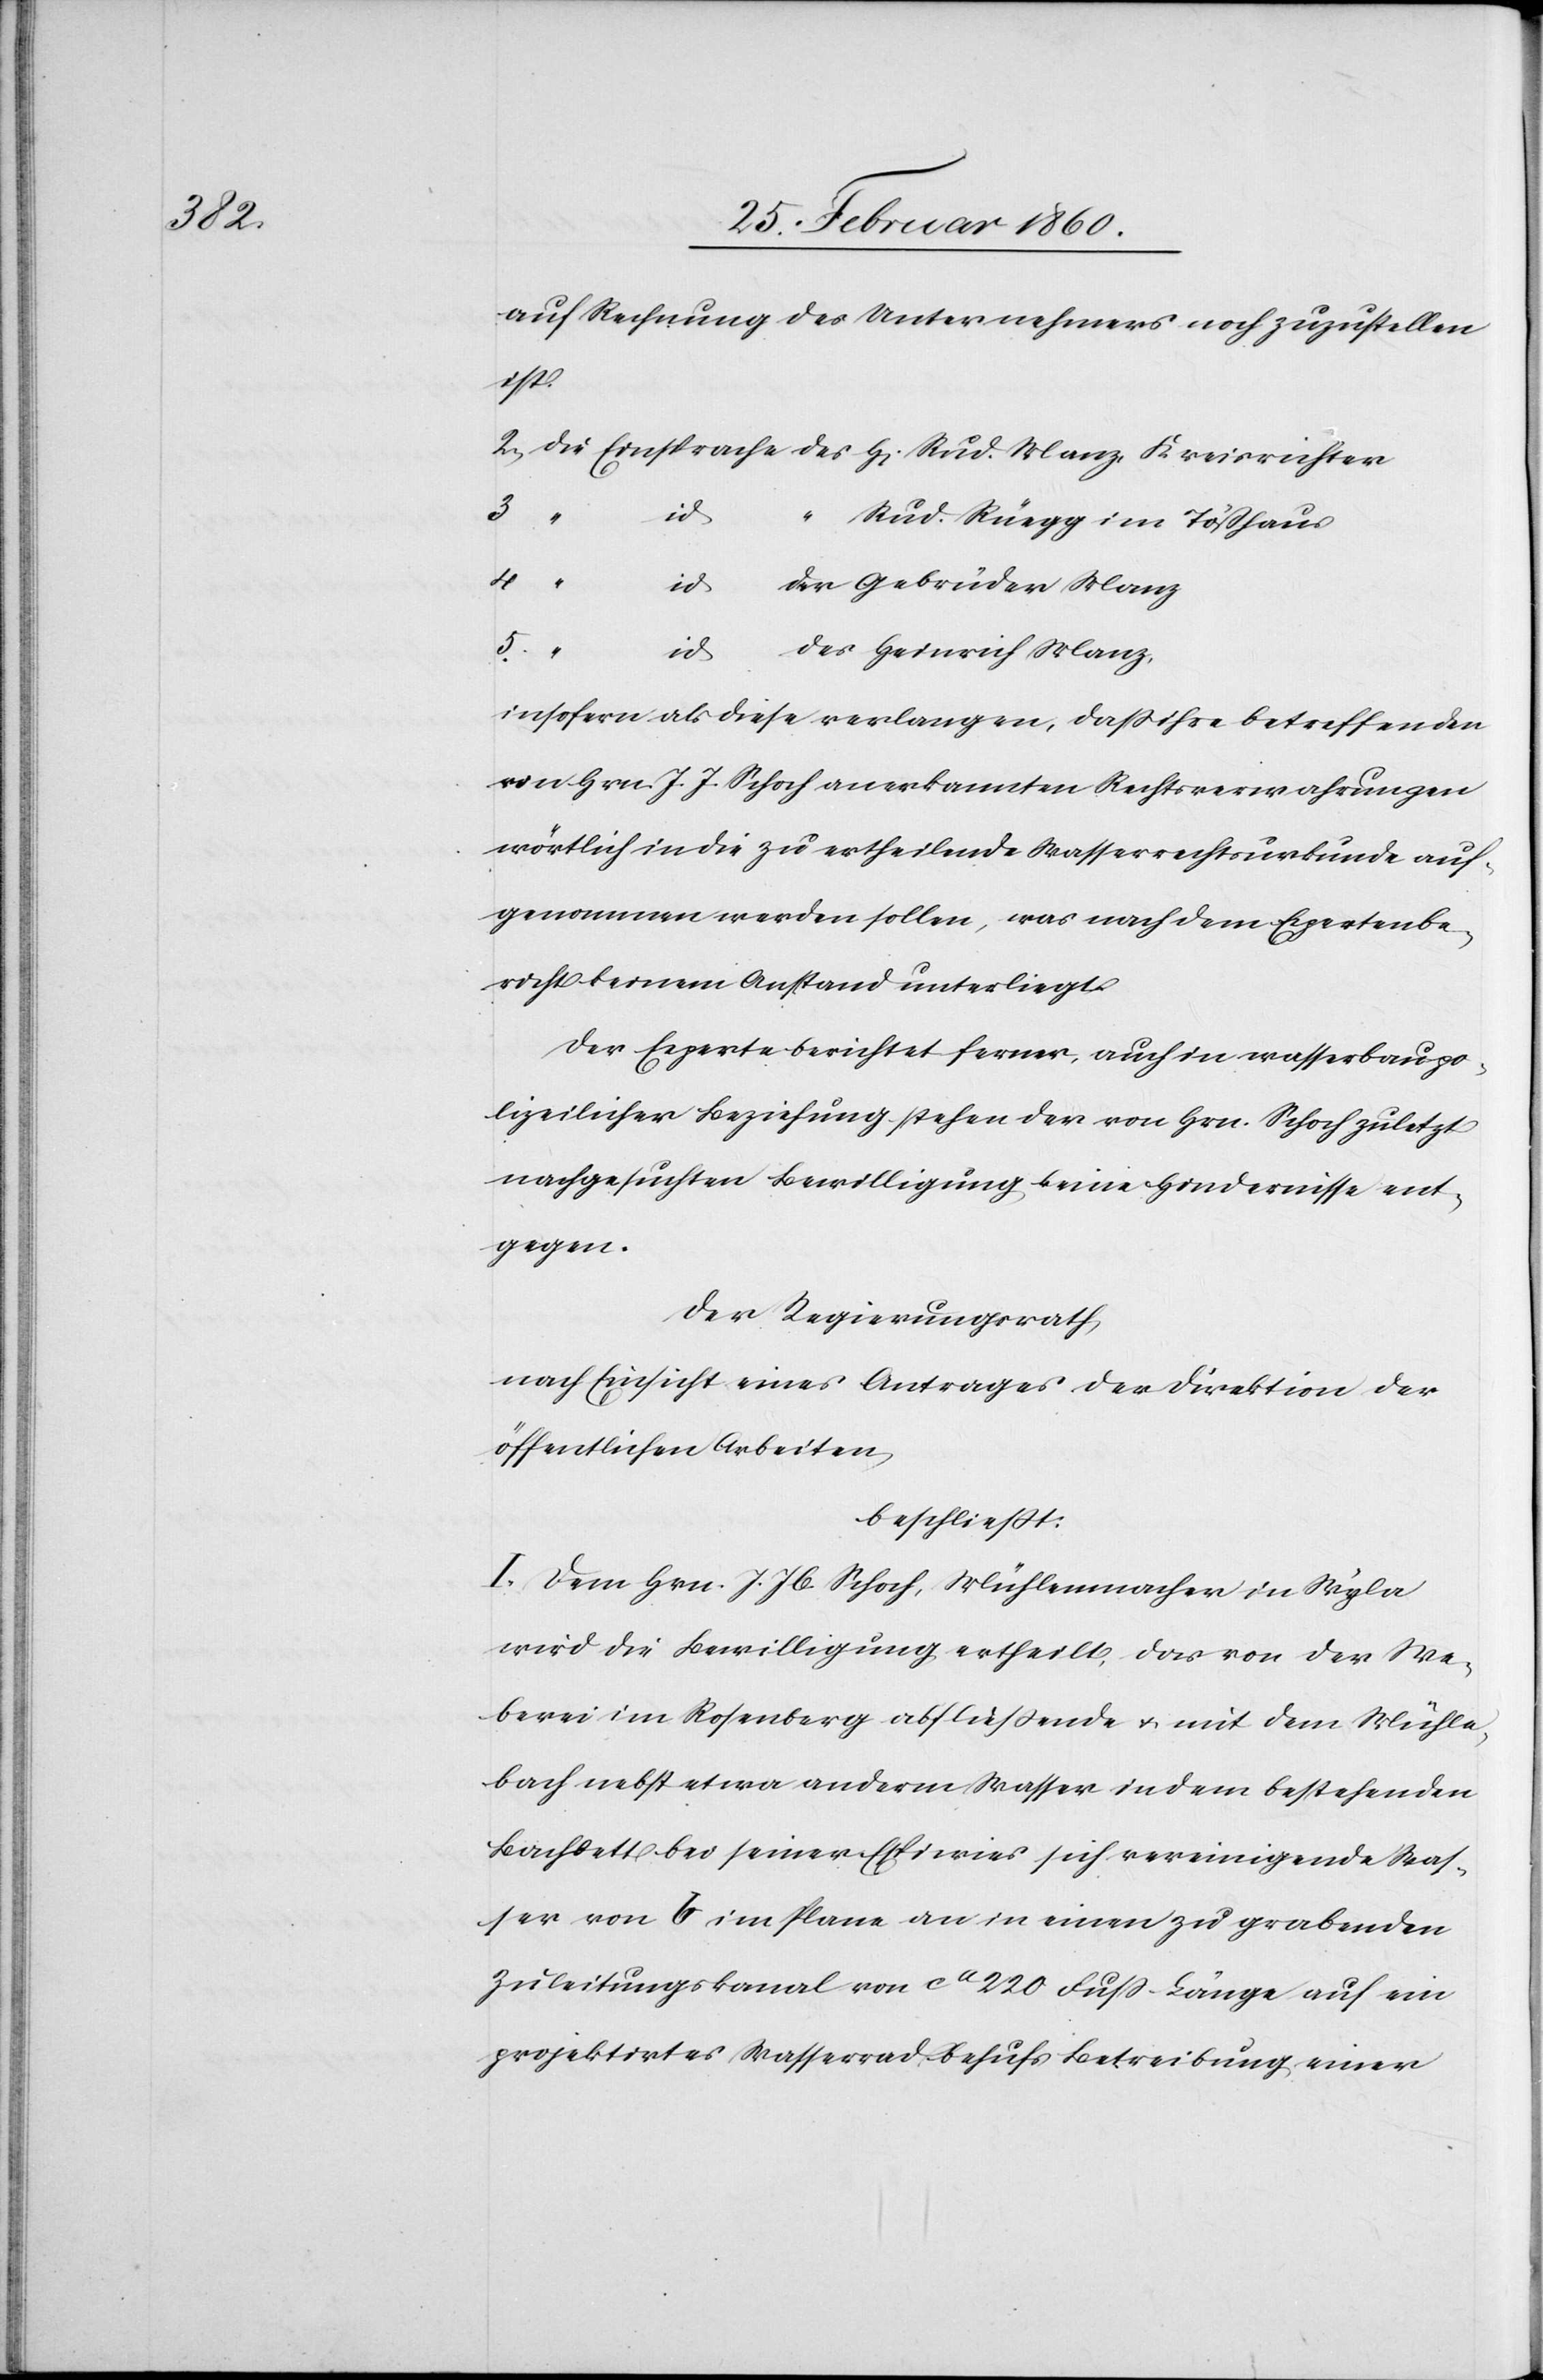
Kreisr¬

auf Rechnung des Unternehmers noch zuzustellen
ichter
3.
id
“
Rud Rüegg im Tösshaus
4.
5.
des Heinrich Manz,
id
des
insofern als diese verlangen, dass ihre betreffenden
von Hrn. J. J. Schoch anerkannten Rechtsverwahrungen
wörtlich in die zu ertheilende Wasserrechtskurkunde auf¬
genommen werden sollen, was nach dem Expertenbe¬
richt keinem Anstand unterliegt.
Der Experte berichtet ferner, auch in wasserbaupo¬
lizeilicher Beziehung stehen der von Hrn. Schoch zuletzt
nachgesuchten Bewilligung keine Hindernisse ent¬
gegen.
Der Regierungsrath,
nach Einsicht eines Antrages der Direktion der
öffentlichen Arbeiten
beschliesst:
I. Dem Hrn. J. Jb. Shoch, Mühlenmacher in Wyla
wird die Bewilligung ertheilt, das von der We¬
berei im Rosenberg abfließende u. mit dem Mühle¬
bach nebst etwa anderm Wasser in dem bestehenden
Bachbett bei seiner Espiwies sich vereinigende Was¬
ser von b im Plane an einen zu grabenden
Zuleitungskanal von ca 220 Fuss Länge auf ein
projektirtes Wasserrad behufs Betreibung einer